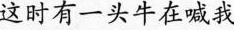
这时有一头牛在喊我